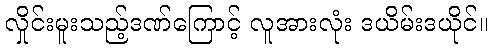
လှိုင်းမူးသည့်ဒဏ်ကြောင့် လူအားလုံး ဒယိမ်းဒယိုင်။